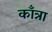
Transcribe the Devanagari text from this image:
काँत्रा